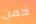
خمن